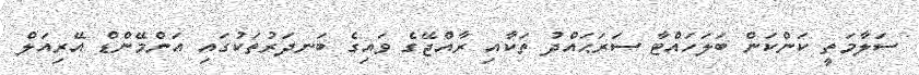
ސަލާމަތީ ކަންކަން ބަލަހައްޓާ ސަރަޙައްދު ތަކާއި ރާއްޖޭގެ ވައިގެ ބަނދަރުތަކުގައި އަންމޭންޑް އޭރިއަލް